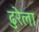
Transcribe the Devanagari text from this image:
ढुरेला